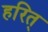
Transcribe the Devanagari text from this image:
हरित्‌